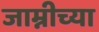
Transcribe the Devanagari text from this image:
जाम्नीच्या